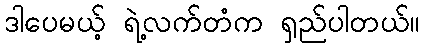
ဒါပေမယ့် ရဲ့လက်တံက ရှည်ပါတယ်။